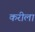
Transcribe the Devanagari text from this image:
करीला